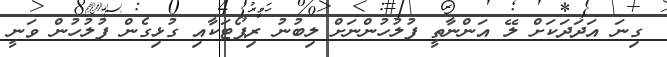
ގިނަ އަދަދަކަށް ލޭ އަންނާތީ ފުލުހުންނަށް ލިބުނު ރިޕޯޓަކާއި ގުޅިގެން ފުލުހުން ވަނީ